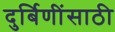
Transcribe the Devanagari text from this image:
दुर्बिणींसाठी